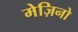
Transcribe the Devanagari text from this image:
मेज़िनो